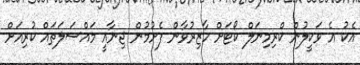
އެކު އެ ވަކީލުން ކްރިމިނަލް ކޯޓަށް ހާޒިރުވާން ފެށުމުން ޖިނާއީ މައްސަލަތައް ކުރިއަށް